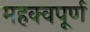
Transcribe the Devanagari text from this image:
महक्वपूर्ण